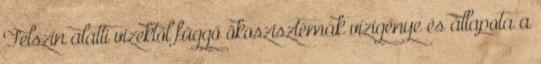
Felszín alatti vizektől függő ökoszisztémák vízigénye és állapota a